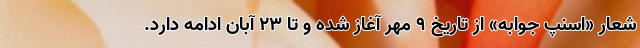
شعار «اسنپ جوابه» از تاریخ ۹ مهر آغاز شده و تا ۲۳ آبان ادامه دارد.